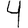
Digit: 4